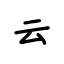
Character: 云